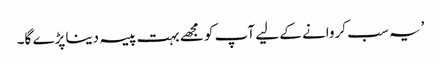
’یہ سب کروانے کے لیے آپ کو مجھے بہت پیسہ دینا پڑے گا۔